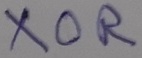
Text: XOR